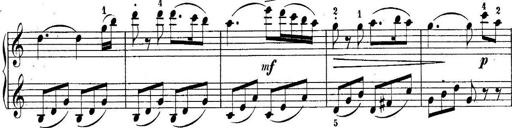
Title: 10 Sonatines progressives
Composer: Anton Schmoll